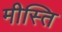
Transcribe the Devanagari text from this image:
मीस्ति